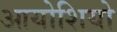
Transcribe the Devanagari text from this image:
आयोशियो